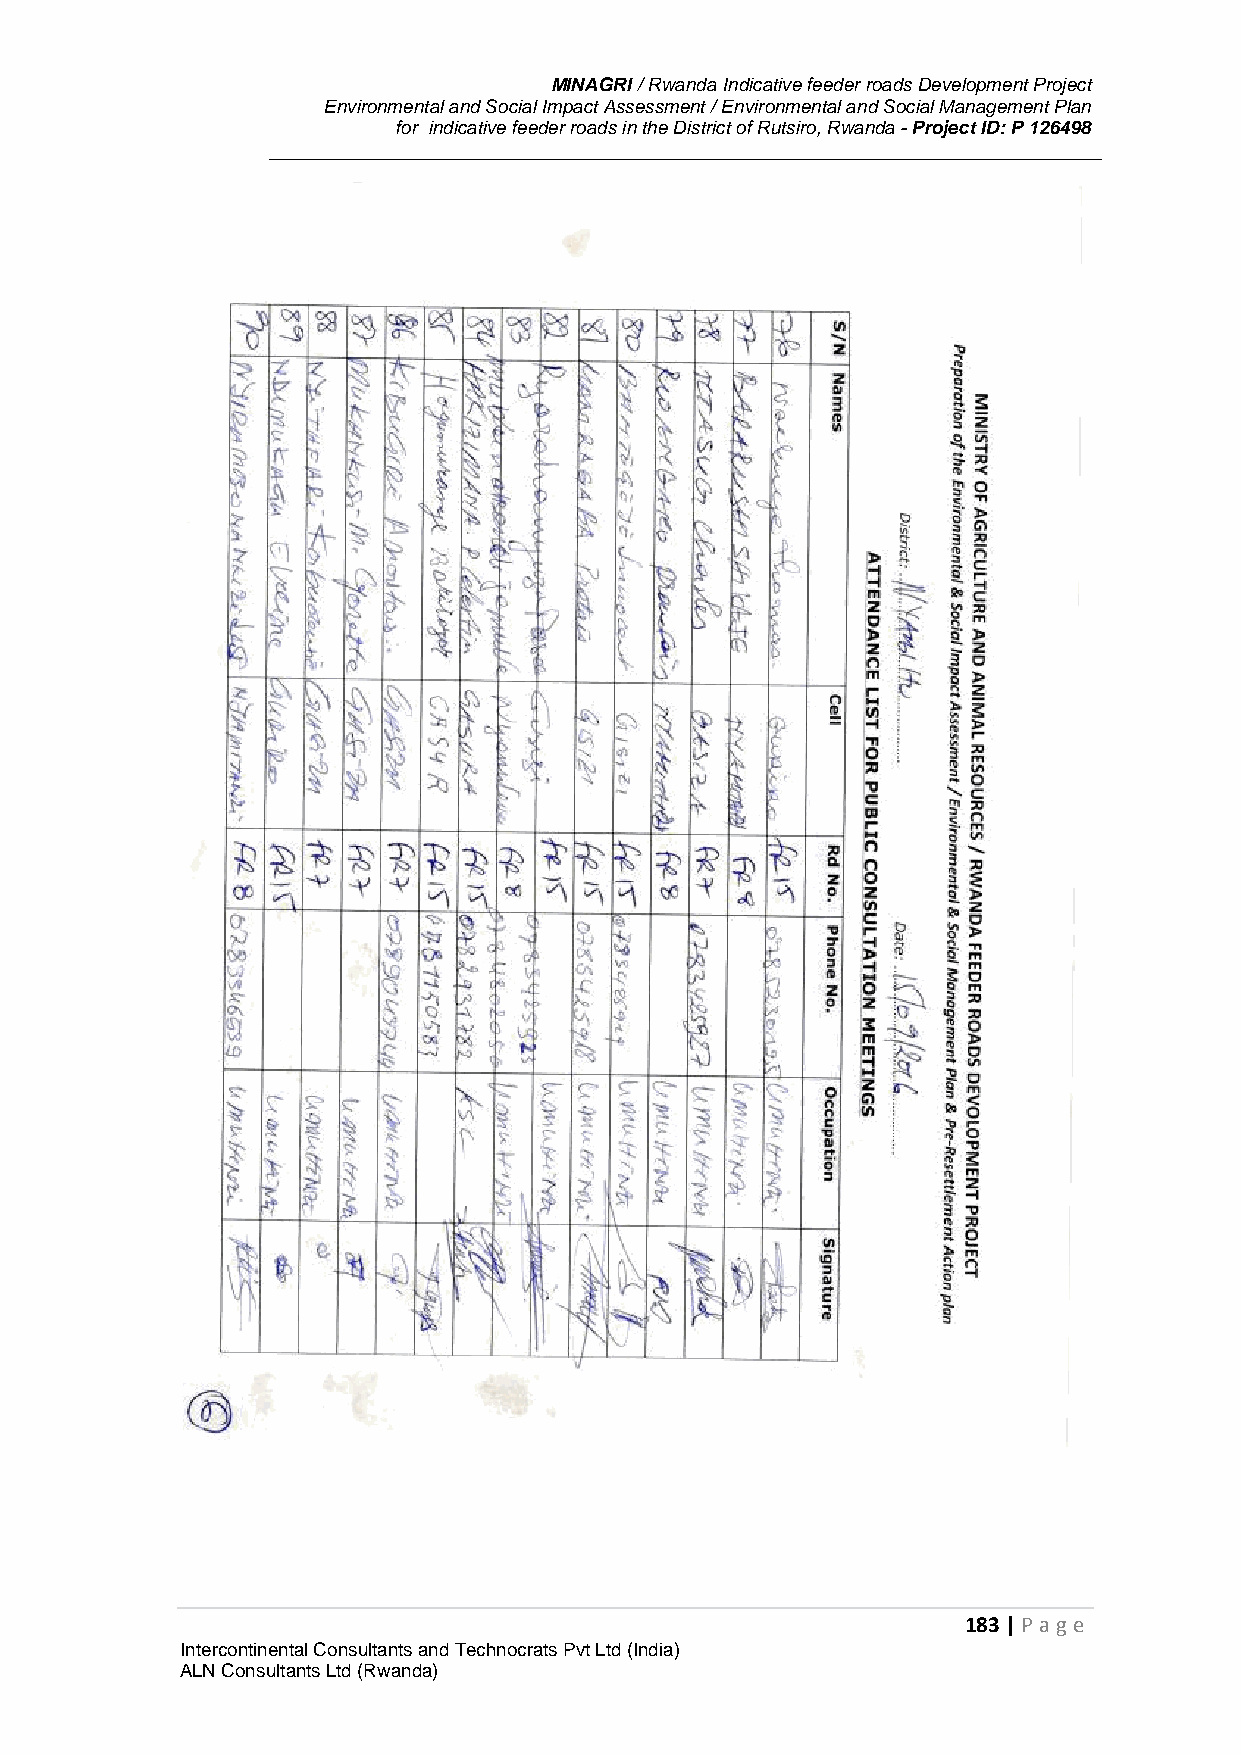
MINAGRI / Rwanda Indicative feeder roads Development Project
 Environmental and Social Impact Assessment / Environmental and Social Management Plan
 for indicative feeder roads in the District of Rutsiro, Rwanda - Project ID: P 126498
 183 | P age
 Intercontinental Consultants and Technocrats Pvt Ltd (India)
 ALN Consultants Ltd (Rwanda)